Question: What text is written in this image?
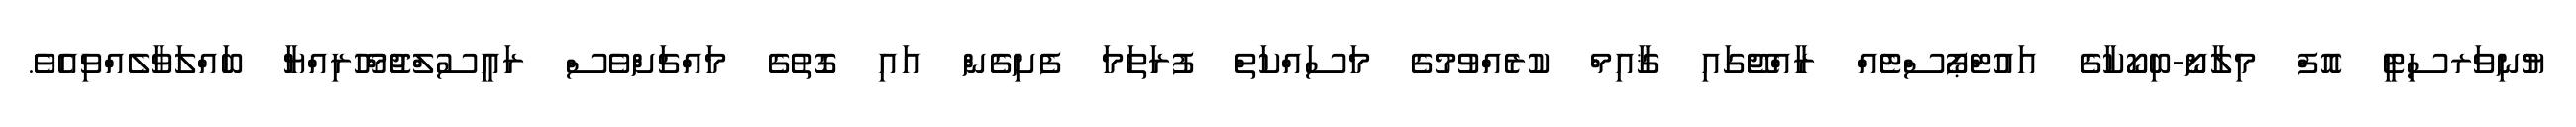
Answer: ޔުނިވަރސިޓީ އޮފް މިލާނޯ-ބިކޯކާގެ އައުޓްޕޯސްޓެއް ރާއްޖޭގައި ޤާއިމް ކުރެއްވުމުގެ މަސައްކަތް ފުރަތަމަ ފެށިގެން އައި ގޮތުގެ މައްޗަށްވެސް ރައީސުލްޖުމްހޫރިއްޔާ ބައްލަވާލެއްވިއެވެ.